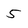
Character: 5